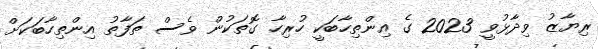
ރިޔާޒު ވިދާޅުވީ 2023 ގެ އިންތިހާބަކީ ހުރިހާ ގޮތަކުން ވެސް ތަފާތު އިންތިހާބަކަށް